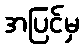
အပြင်မှ